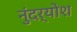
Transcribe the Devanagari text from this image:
नुंदर्योश